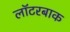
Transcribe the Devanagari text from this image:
लॉटरबाक